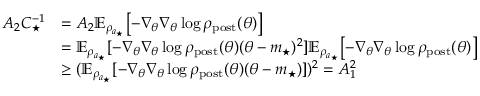
\begin{array} { r l } { A _ { 2 } C _ { \star } ^ { - 1 } } & { = A _ { 2 } \mathbb { E } _ { \rho _ { a _ { \star } } } \bigl [ - \nabla _ { \theta } \nabla _ { \theta } \log \rho _ { \mathrm { p o s t } } ( \theta ) \bigr ] } \\ & { = \mathbb { E } _ { \rho _ { a _ { \star } } } [ - \nabla _ { \theta } \nabla _ { \theta } \log \rho _ { \mathrm { p o s t } } ( \theta ) ( \theta - m _ { \star } ) ^ { 2 } ] \mathbb { E } _ { \rho _ { a _ { \star } } } \bigl [ - \nabla _ { \theta } \nabla _ { \theta } \log \rho _ { \mathrm { p o s t } } ( \theta ) \bigr ] } \\ & { \geq ( \mathbb { E } _ { \rho _ { a _ { \star } } } [ - \nabla _ { \theta } \nabla _ { \theta } \log \rho _ { \mathrm { p o s t } } ( \theta ) ( \theta - m _ { \star } ) ] ) ^ { 2 } = A _ { 1 } ^ { 2 } } \end{array}